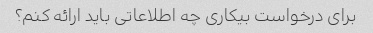
برای درخواست بیکاری چه اطلاعاتی باید ارائه کنم؟